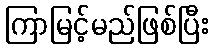
ကြာမြင့်မည်ဖြစ်ပြီး